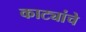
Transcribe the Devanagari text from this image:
काट्यांचे